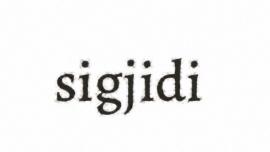
sigjidi